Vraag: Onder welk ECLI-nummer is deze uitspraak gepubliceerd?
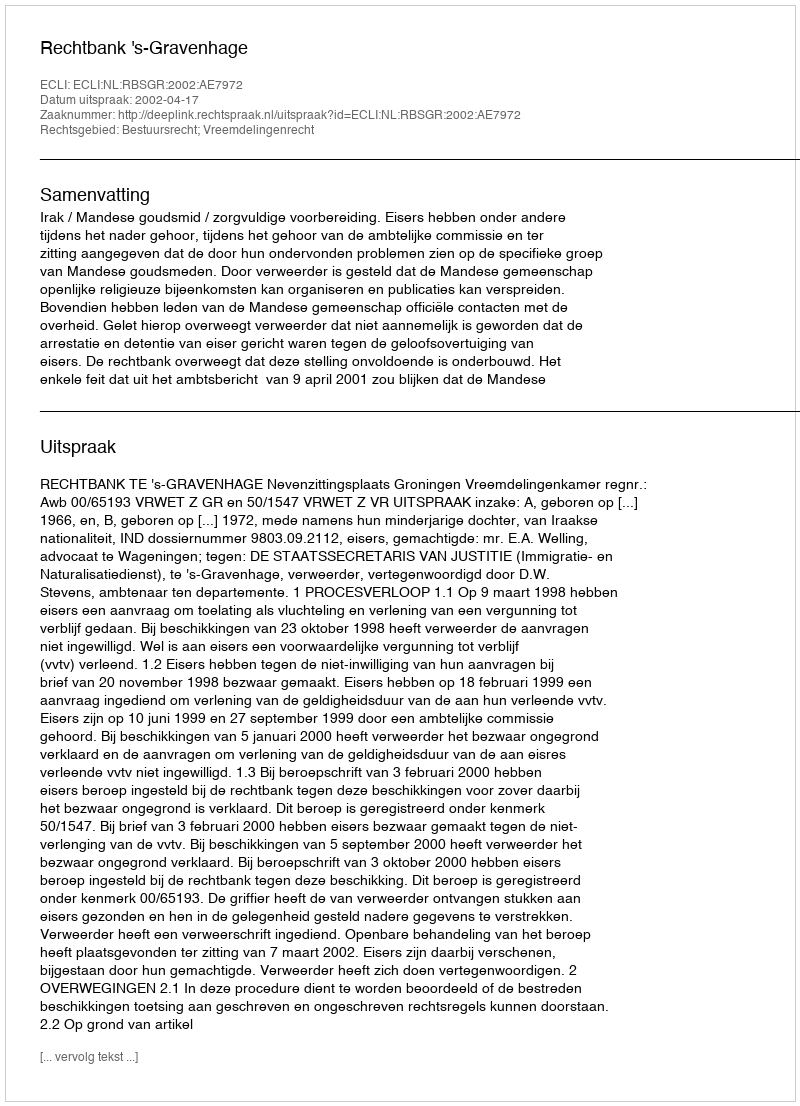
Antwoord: ECLI:NL:RBSGR:2002:AE7972